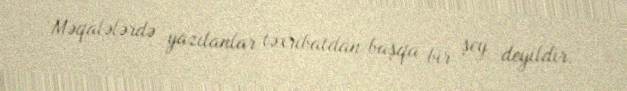
Məqalələrdə yazılanlar təxribatdan başqa bir şey deyildir.